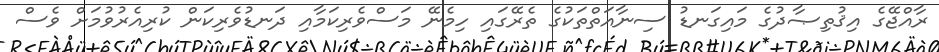
ރާއްޖޭގެ އިޤުތިޞާދުގެ މައިގަނޑު ސިނާއަތްތަކުގެ ތެރޭގައި ހިމެނޭ މަސްވެރިކަމާއި ދަނޑުވެރިކަން ކުރިއެރުވުމަށް ވެސް